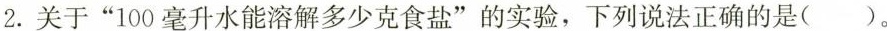
2.关于”100毫升水能溶解多少克食盐”的实验，下列说法正确的是()。